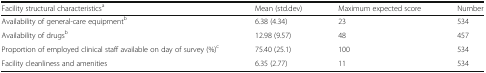
| Facility structural characteristicsa | Mean (std.dev) | Maximum expected score | Number |
 | --- | --- | --- | --- |
 | Availability of general-care equipmentb | 6.38 (4.34) | 23 | 534 |
 | Availability of drugsb | 12.98 (9.57) | 48 | 457 |
 | Proportion of employed clinical staff available on day of survey (%)c | 75.40 (25.1) | 100 | 534 |
 | Facility cleanliness and amenities | 6.35 (2.77) | 11 | 534 |